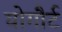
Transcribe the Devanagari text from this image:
योगौर्ट